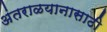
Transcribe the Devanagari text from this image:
अंतराळयानासाठी